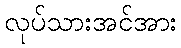
လုပ်သားအင်အား